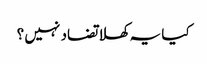
کیا یہ کھلا تضاد نہیں ؟